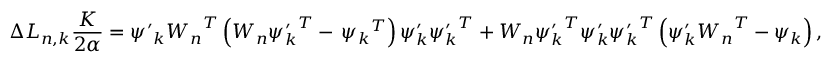
\Delta L _ { n , k } \frac { K } { 2 \alpha } = { \psi ^ { \prime } } _ { k } { W _ { n } } ^ { T } \left( { W _ { n } } { \psi _ { k } ^ { \prime } } ^ { T } - \, { \psi _ { k } } ^ { T } \right) { \psi _ { k } ^ { \prime } } { \psi _ { k } ^ { \prime } } ^ { T } + { W _ { n } } { \psi _ { k } ^ { \prime } } ^ { T } { \psi _ { k } ^ { \prime } } { \psi _ { k } ^ { \prime } } ^ { T } \left( { \psi _ { k } ^ { \prime } } { W _ { n } } ^ { T } - { \psi _ { k } } \right) ,